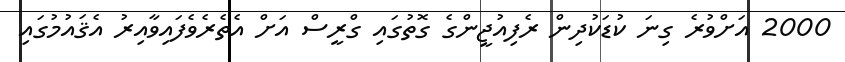
2000 އަށްވުރެ ގިނަ ކުޑަކުދިން ރެފިއުޖީންގެ ގޮތުގައި ގްރީސް އަށް އެތެރެވެފައިވާއިރު އެޤައުމުގައި